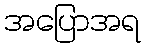
အပြောအရ